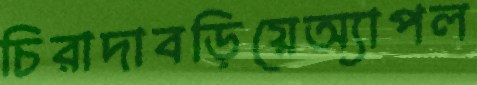
চিরাদাবড়িয়েঅ্যাপল